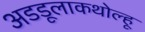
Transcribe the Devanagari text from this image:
अडडूलाकथोल्हू